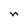
Character: r